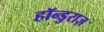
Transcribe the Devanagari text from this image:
हॉन्डुराज़